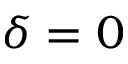
\delta = 0